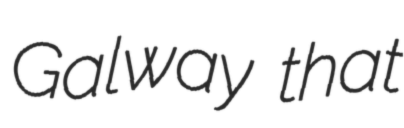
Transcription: Galway that